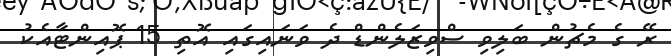
ރޭ ގެ މެޗުން ބަލިވި ސްވިޒަލެންޑް ދެ ވަނައިގައި އޮތި 15 ޕޮއިންޓާއެކު